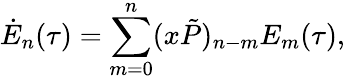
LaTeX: \dot{E}_{n}(\tau)=\sum_{m=0}^{n}(x\tilde{P})_{n-m}E_{m}(\tau),